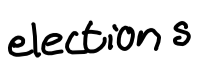
Text: elections
Cross-out: clean
Writing tool: digital_black